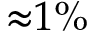
{ \approx } 1 \%